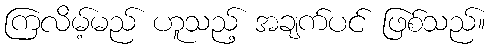
ကြလိမ့်မည် ဟူသည့် အချက်ပင် ဖြစ်သည်။